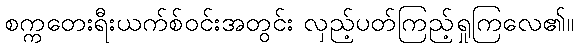
စက္ကတေးရီးယက်စ်ဝင်းအတွင်း လှည့်ပတ်ကြည့်ရှုကြလေ၏။